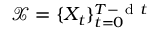
\mathcal { X } = \{ X _ { t } \} _ { t = 0 } ^ { T - \mathrm { ~ d ~ } t }